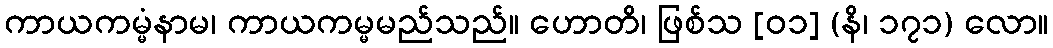
ကာယကမ္မံနာမ၊ ကာယကမ္မမည်သည်။ ဟောတိ၊ ဖြစ်သ [၀၁] (နိ၊ ၁၇၁) လော။